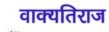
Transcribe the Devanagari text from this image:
वाक्यतिराज